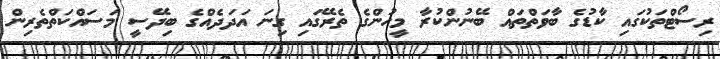
ރިސޯޓްތަކުގައި ކާޑުގެ ބާވަތްތައް ބޭނުންކުރާ މީހުންގެ ތެރޭގައި ގިނަ އަދަދެއްގެ ބިދޭސީ މަސައްކަތްތެރިން